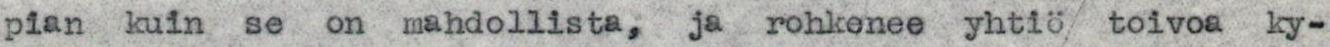
pian kuin se on mahdollista, ja rohkenee yhtiö toivoa ky-